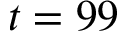
t = 9 9